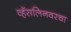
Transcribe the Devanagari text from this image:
व्हॅसलिनवरचा